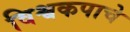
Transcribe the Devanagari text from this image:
विश्वकपाचे